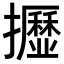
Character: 𢹠